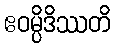
ဧဝမ္ပိဒိဿတိ